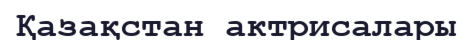
Қазақстан актрисалары